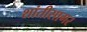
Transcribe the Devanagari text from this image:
शांतीसागर